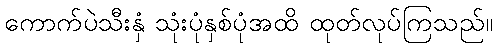
ကောက်ပဲသီးနှံ သုံးပုံနှစ်ပုံအထိ ထုတ်လုပ်ကြသည်။